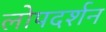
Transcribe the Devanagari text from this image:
लोपदर्शन